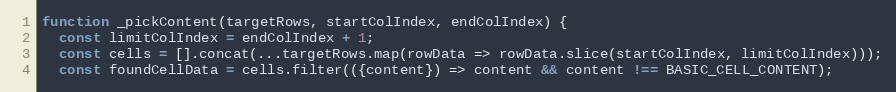
Language: JavaScript
function _pickContent(targetRows, startColIndex, endColIndex) {
  const limitColIndex = endColIndex + 1;
  const cells = [].concat(...targetRows.map(rowData => rowData.slice(startColIndex, limitColIndex)));
  const foundCellData = cells.filter(({content}) => content && content !== BASIC_CELL_CONTENT);